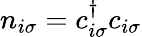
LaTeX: n_{i\sigma}=c_{i\sigma}^{\dagger}c_{i\sigma}